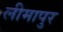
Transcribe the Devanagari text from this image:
लीमापुर